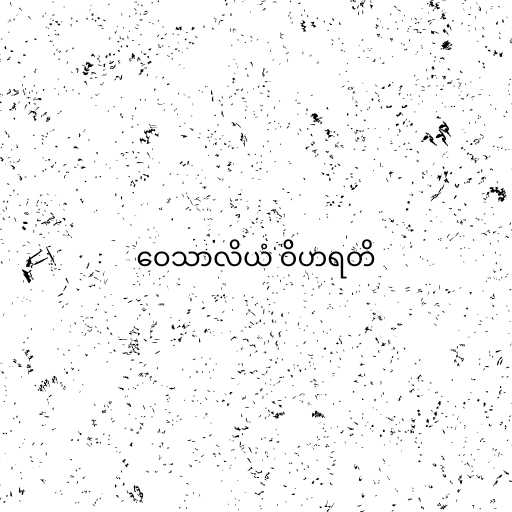
ဝေသာလိယံ ဝိဟရတိ